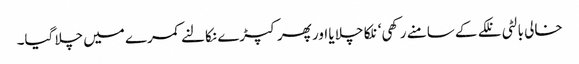
خالی بالٹی نلکے کے سامنے رکھی‘ نلکا چلا یا اور پھر کپڑے نکالنے کمرے میں چلا گیا۔